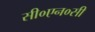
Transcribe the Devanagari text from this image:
सी०एन०सी